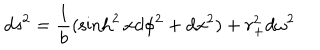
LaTeX: d s ^ { 2 } = { \frac { 1 } { b } } ( \sinh ^ { 2 } x d \phi ^ { 2 } + d x ^ { 2 } ) + r _ { + } ^ { 2 } d \omega ^ { 2 }